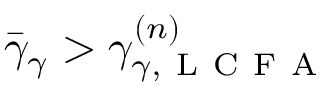
\bar { \gamma } _ { \gamma } > \gamma _ { \gamma , \mathrm { ~ L ~ C ~ F ~ A ~ } } ^ { ( n ) }